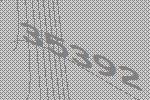
35392